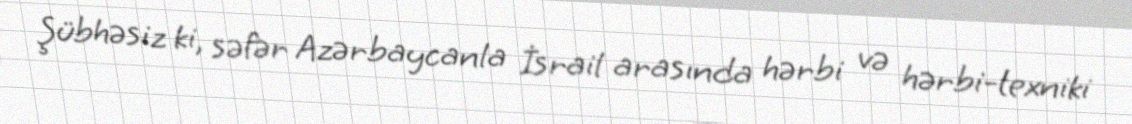
Şübhəsiz ki, səfər Azərbaycanla İsrail arasında hərbi və hərbi-texniki